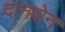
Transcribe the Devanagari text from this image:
दानवोन